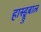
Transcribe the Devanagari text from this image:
हास्ड्रुबाल